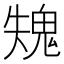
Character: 𩲫